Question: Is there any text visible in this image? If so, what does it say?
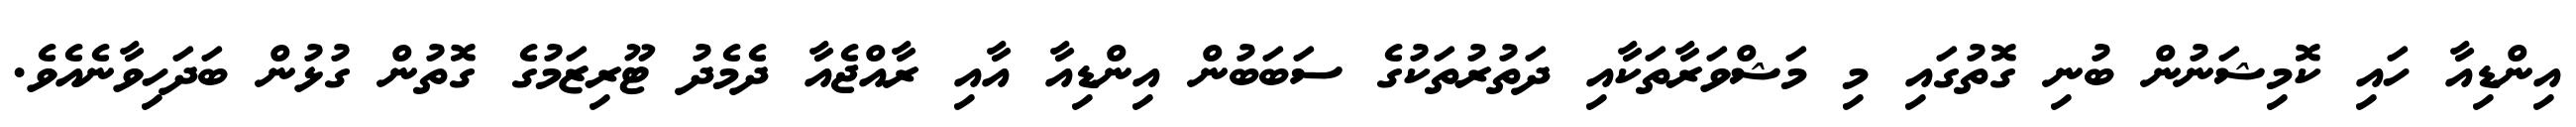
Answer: އިންޑިއާ ހައި ކޮމިޝަނުން ބުނި ގޮތުގައި މި މަޝްވަރާތަކާއި ދަތުރުތަކުގެ ސަބަބުން އިންޑިއާ އާއި ރާއްޖެއާ ދެމެދު ޓޫރިޒަމުގެ ގޮތުން ގުޅުން ބަދަހިވާނެއެވެ.